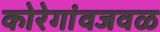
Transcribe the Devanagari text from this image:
कोरेगांवजवळ